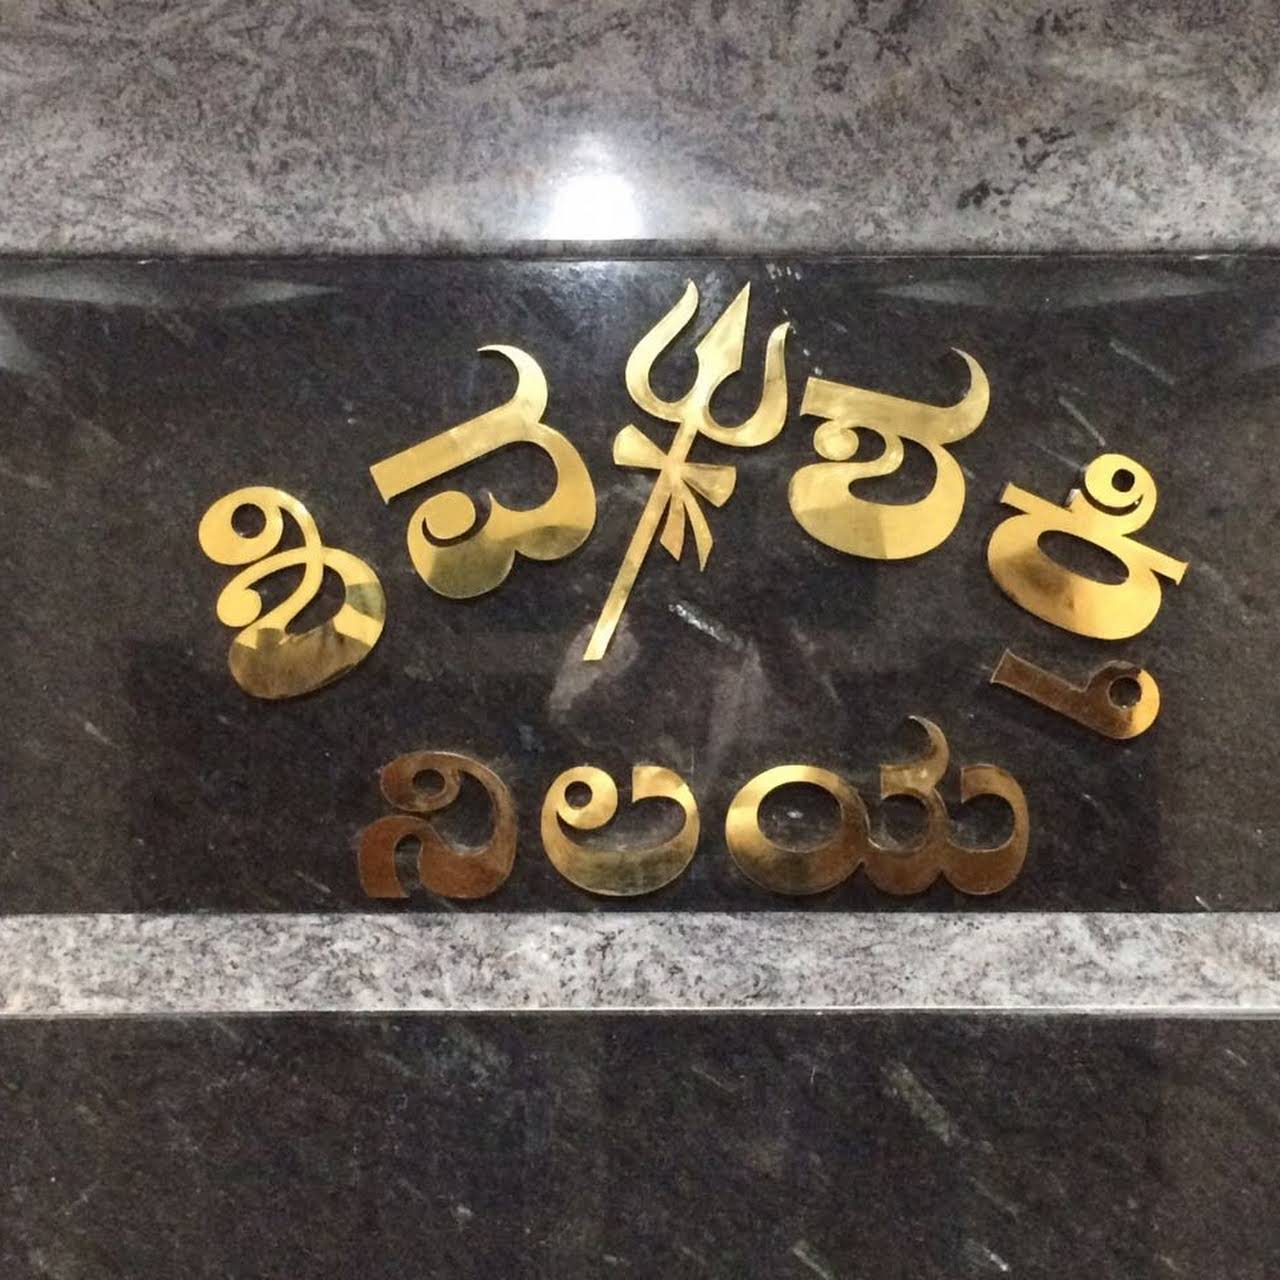
Language: kannada
Transcription: ಶಿವ ಶಕ್ತಿ ನಿಲಯ